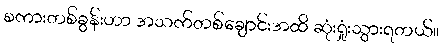
စကားတစ်ခွန်းဟာ အသက်တစ်ချောင်းအထိ ဆုံးရှုံးသွားရတယ်။